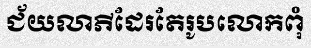
ជ័យលាភីដែរតែរូបលោកពុំ